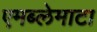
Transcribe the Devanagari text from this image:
एमब्लेमाटा